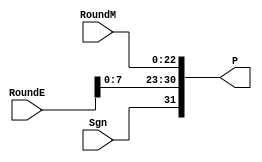
`timescale 1ns / 1ps

//////////////////////////////////////////////////////////////////////////////////
//
// Module Name:    FPMult_RoundModule 
// Project Name: 	 Floating Point Project
//
//////////////////////////////////////////////////////////////////////////////////

module FPMult_ExceptionModule(
			RoundM,
			RoundE,
			Sgn,
			P
    );

	// Input ports
	input [22:0] RoundM ;							// Rounded mantissa
	input [8:0] RoundE ;								// Rounded exponent
	input Sgn ;											// Final sign
	
	// Output ports
	output [31:0] P ;									// The product
	
	// Add error checking here
	
	assign P = {Sgn, RoundE[7:0], RoundM} ;   // Putting the pieces together
	
endmodule